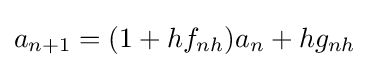
a_{n+1}=(1+hf_{nh})a_{n}+hg_{nh}